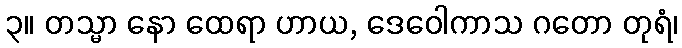
၃။ တသ္မာ နော ထေရာ ဟာယ, ဒေဝေါကာသ ဂတော တုရံ၊